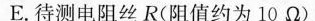
E. 待测电阻丝R(阻值约为10Ω)